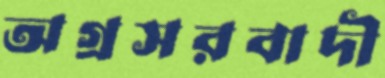
অগ্রসরবাদী